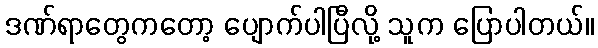
ဒဏ်ရာတွေကတော့ ပျောက်ပါပြီလို့ သူက ပြောပါတယ်။